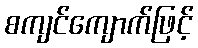
စကျင်ကျောက်ဖြင့်